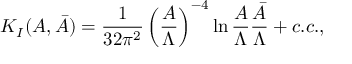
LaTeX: { \cal K } _ { I } ( A , \bar { A } ) = { \frac { 1 } { 3 2 \pi ^ { 2 } } } \left( { \frac { A } { \Lambda } } \right) ^ { - 4 } \ln { \frac { A } { \Lambda } } { \frac { \bar { A } } { \Lambda } } + c . c . ,